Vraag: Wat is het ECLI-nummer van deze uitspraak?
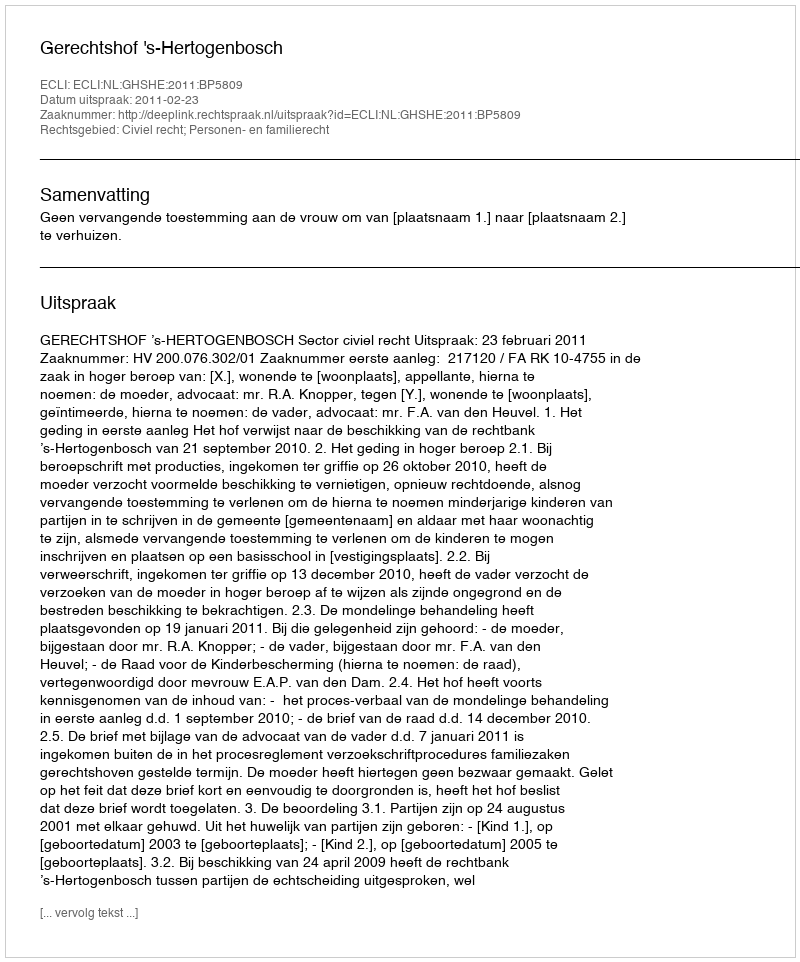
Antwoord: ECLI:NL:GHSHE:2011:BP5809